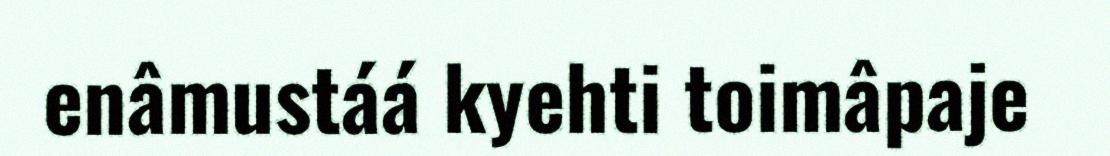
enâmustáá kyehti toimâpaje